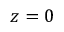
z = 0